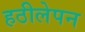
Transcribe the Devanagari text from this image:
हठीलेपन